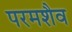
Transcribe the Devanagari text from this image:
परमशैव